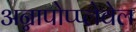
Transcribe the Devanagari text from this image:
अन्नापोप्प्लेवेल